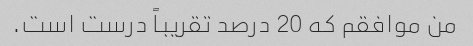
من موافقم که 20 درصد تقریباً درست است.